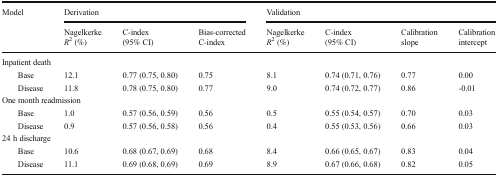
<table><thead><tr><td rowspan="2"><b>Model</b></td><td colspan="3"><b>Derivation</b></td><td colspan="4"><b>Validation</b></td></tr><tr><td><b>Nagelkerke<i>R</i><sup>2</sup> (%)</b></td><td><b>C-index(95% CI)</b></td><td><b>Bias-correctedC-index</b></td><td><b>Nagelkerke<i>R</i><sup>2</sup> (%)</b></td><td><b>C-index(95% CI)</b></td><td><b>Calibrationslope</b></td><td><b>Calibrationintercept</b></td></tr></thead><tbody><tr><td colspan="8">Inpatient death</td></tr><tr><td>Base</td><td>12.1</td><td>0.77 (0.75, 0.80)</td><td>0.75</td><td>8.1</td><td>0.74 (0.71, 0.76)</td><td>0.77</td><td>0.00</td></tr><tr><td>Disease</td><td>11.8</td><td>0.78 (0.75, 0.80)</td><td>0.77</td><td>9.0</td><td>0.74 (0.72, 0.77)</td><td>0.86</td><td>-0.01</td></tr><tr><td colspan="8">One month readmission</td></tr><tr><td>Base</td><td>1.0</td><td>0.57 (0.56, 0.59)</td><td>0.56</td><td>0.5</td><td>0.55 (0.54, 0.57)</td><td>0.70</td><td>0.03</td></tr><tr><td>Disease</td><td>0.9</td><td>0.57 (0.56, 0.58)</td><td>0.56</td><td>0.4</td><td>0.55 (0.53, 0.56)</td><td>0.66</td><td>0.03</td></tr><tr><td colspan="8">24 h discharge</td></tr><tr><td>Base</td><td>10.6</td><td>0.68 (0.67, 0.69)</td><td>0.68</td><td>8.4</td><td>0.66 (0.65, 0.67)</td><td>0.83</td><td>0.04</td></tr><tr><td>Disease</td><td>11.1</td><td>0.69 (0.68, 0.69)</td><td>0.69</td><td>8.9</td><td>0.67 (0.66, 0.68)</td><td>0.82</td><td>0.05</td></tr></tbody></table>